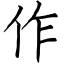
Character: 作